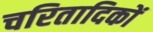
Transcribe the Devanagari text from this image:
चरितादिकों